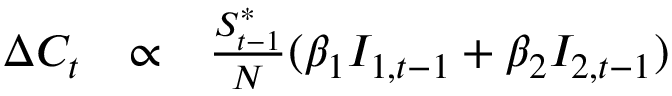
\begin{array} { r c l } { \Delta C _ { t } } & { \propto } & { \frac { S _ { t - 1 } ^ { * } } { N } ( \beta _ { 1 } I _ { 1 , t - 1 } + \beta _ { 2 } I _ { 2 , t - 1 } ) } \end{array}